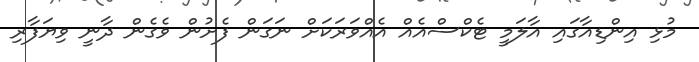
މުޅި އިންޑިއާގައި އާލަމީ ޓެކްސްއެއް އެއްވަރަކަށް ނަގަން ފެށުން ވެގެން ދާނީ ވިޔަފާރި